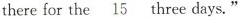
there for the __15three days."